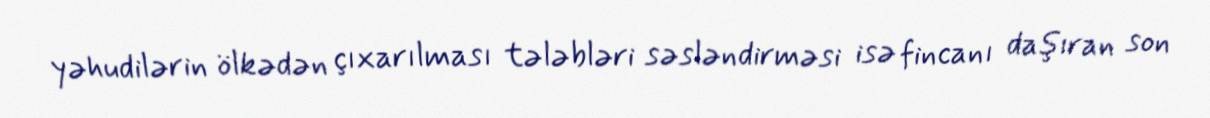
yəhudilərin ölkədən çıxarılması tələbləri səsləndirməsi isə fincanı daşıran son